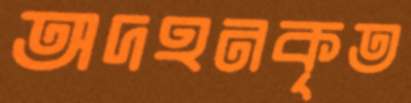
অদহনকৃত